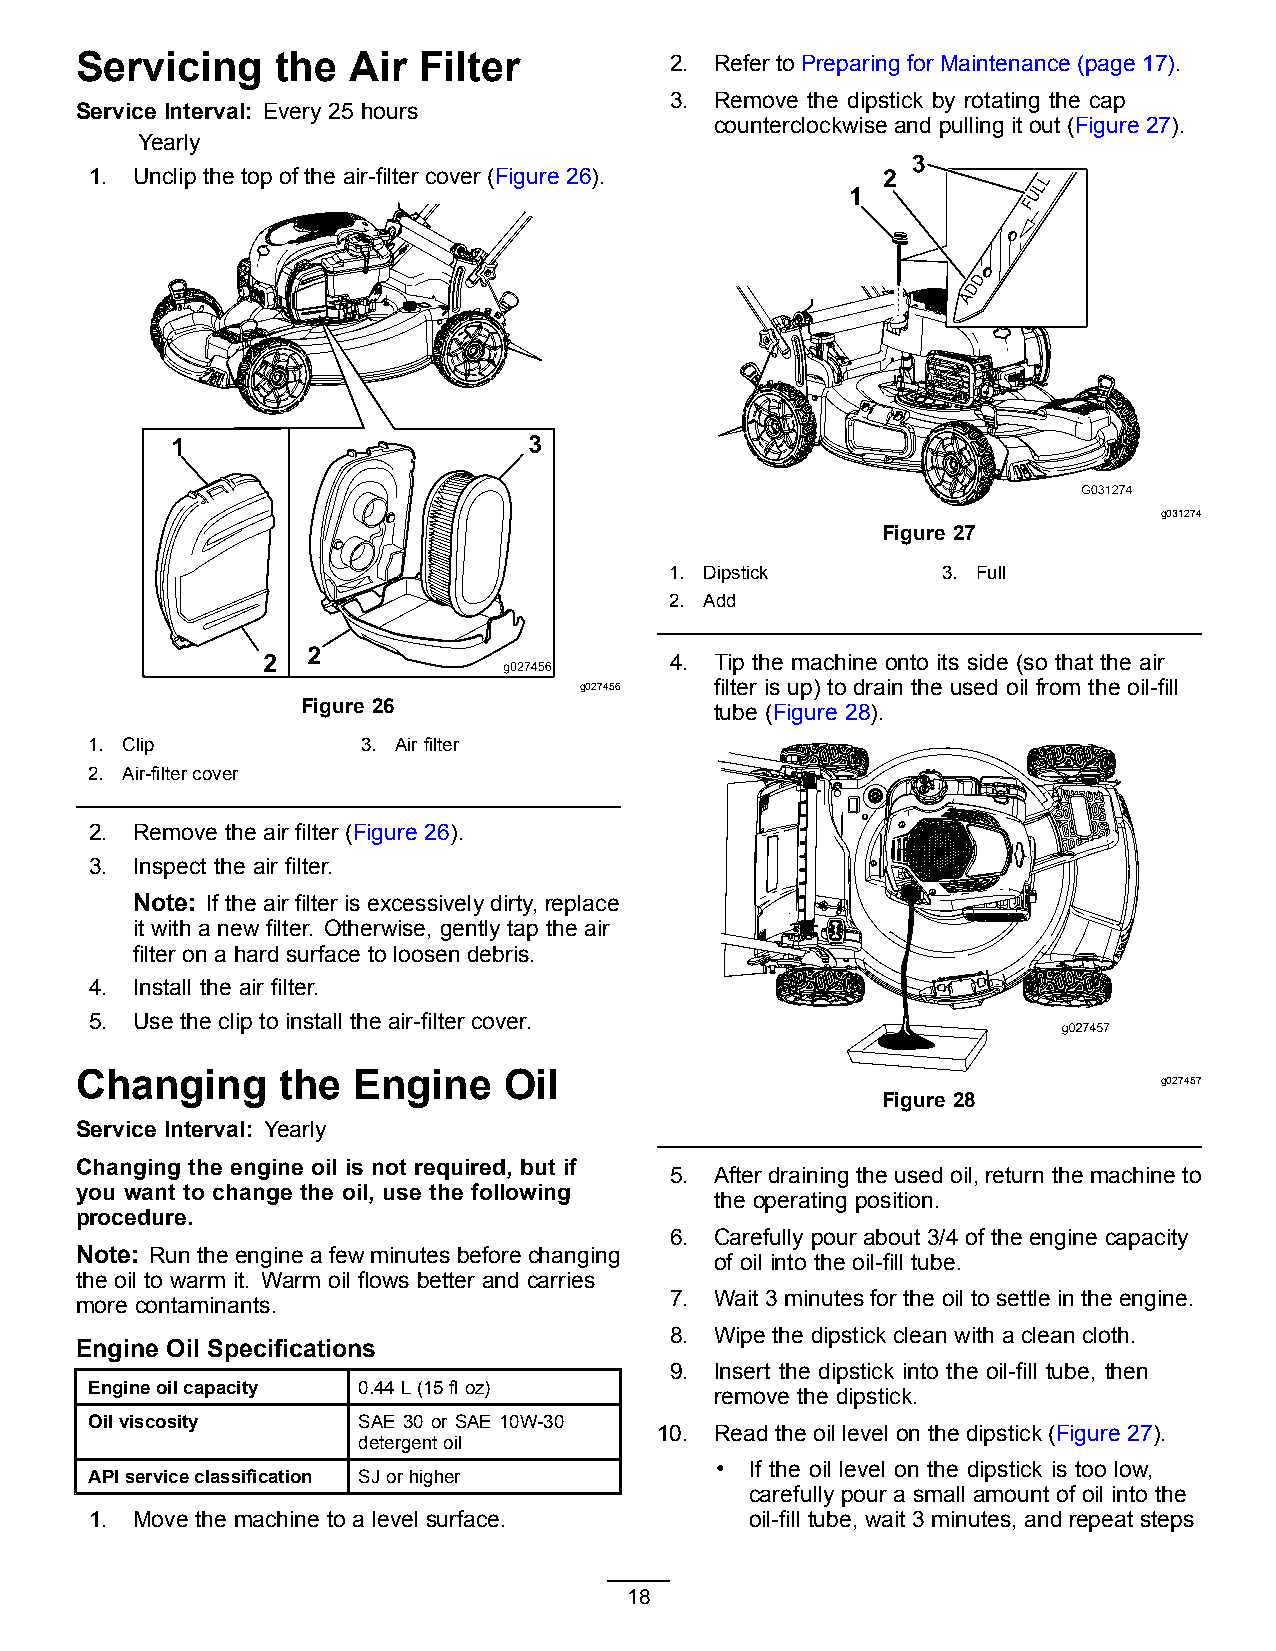
Servicing    the  Air  Filter          2. Refer to Preparing for Maintenance (page 17).
 3. Remove the dipstick by rotating the cap
 Service Interval: Every 25 hours
 counterclockwise and pulling it out (Figure 27).
 Yearly
 1. Unclip the top of the air-filter cover (Figure 26).
 g031274
 Figure 27
 1. Dipstick       3. Full
 2. Add
 4. Tip the machine onto its side (so that the air
 g027456  filter is up) to drain the used oil from the oil-fill
 Figure 26                  tube (Figure 28).
 1. Clip           3. Airfilter
 2. Air-filtercover
 2. Remove the air filter (Figure 26).
 3. Inspect the air filter.
 Note: If the air filter is excessively dirty, replace
 it with a new filter. Otherwise, gently tap the air
 filter on a hard surface to loosen debris.
 4. Install the air filter.
 5. Use the clip to install the air-filter cover.
 Changing     the  Engine    Oil
 g027457
 Figure 28
 Service Interval: Yearly
 Changing the engine oil is not required, but if
 5. After draining the used oil, return the machine to
 you want to change the oil, use the following
 the operating position.
 procedure.
 6. Carefully pour about 3/4 of the engine capacity
 Note: Run the engine a few minutes before changing
 of oil into the oil-fill tube.
 the oil to warm it. Warm oil flows better and carries
 7. Wait 3 minutes for the oil to settle in the engine.
 more contaminants.
 8. Wipe the dipstick clean with a clean cloth.
 Engine Oil Specifications
 9. Insert the dipstick into the oil-fill tube, then
 Engineoilcapacity 0.44L(15floz)
 remove the dipstick.
 Oilviscosity      SAE 30 or SAE 10W-30
 10. Read the oil level on the dipstick (Figure 27).
 detergentoil
 •  If the oil level on the dipstick is too low,
 APIserviceclassification SJorhigher
 carefully pour a small amount of oil into the
 1. Move the machine to a level surface.     oil-fill tube, wait 3 minutes, and repeat steps
 18